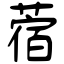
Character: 蓿